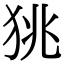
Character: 狣